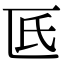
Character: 𠥯